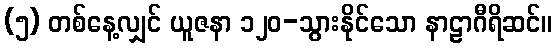
(၅) တစ်နေ့လျှင် ယူဇနာ ၁၂၀-သွားနိုင်သော နာဠာဂီရိဆင်။